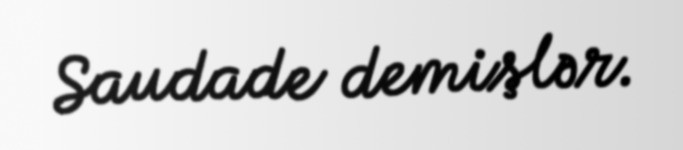
Saudade demişlər.